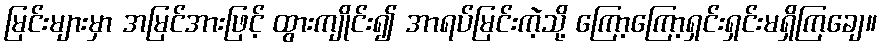
မြင်းများမှာ အမြင်အားဖြင့် ထွားကျိုင်း၍ အာရပ်မြင်းကဲ့သို့ ကြော့ကြော့ရှင်းရှင်းမရှိကြချေ။